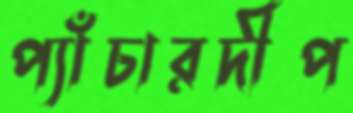
প্যাঁচারদীপ